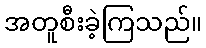
အတူစီးခဲ့ကြသည်။